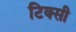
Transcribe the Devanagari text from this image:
टिक्सी